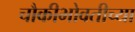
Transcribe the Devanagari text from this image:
चौकीभोवतीच्या